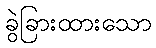
ခွဲခြားထားသော